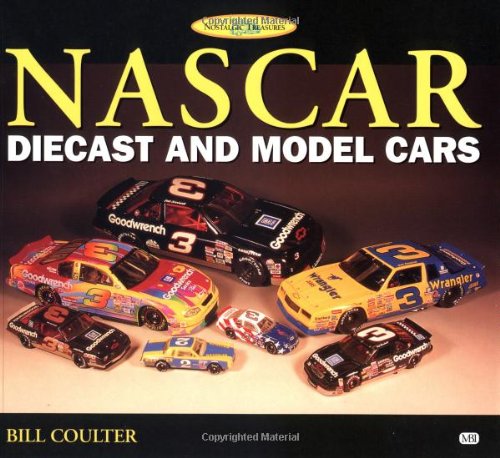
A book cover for NASCAR Diecast and Model Cars (Nostalgic Treasures); Bill Coulter; Crafts, Hobbies & Home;